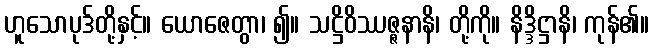
ဟူသောပုဒ်တို့နှင့်။ ယောဇေတွာ၊ ၍။ သဋ္ဌိဝိဿဇ္ဇနာနိ၊ တို့ကို။ နိဒ္ဒိဋ္ဌာနိ၊ ကုန်၏။